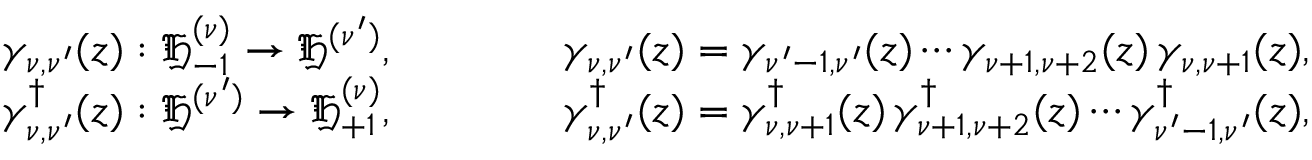
\begin{array} { r l r } { \gamma _ { \nu , \nu ^ { \prime } } ( z ) : \mathfrak { H } _ { - 1 } ^ { ( \nu ) } \rightarrow \mathfrak { H } ^ { ( \nu ^ { \prime } ) } , } & { \qquad } & { \gamma _ { \nu , \nu ^ { \prime } } ( z ) = \gamma _ { \nu ^ { \prime } - 1 , \nu ^ { \prime } } ( z ) \cdots \gamma _ { \nu + 1 , \nu + 2 } ( z ) \, \gamma _ { \nu , \nu + 1 } ( z ) , } \\ { \gamma _ { \nu , \nu ^ { \prime } } ^ { \dag } ( z ) : \mathfrak { H } ^ { ( \nu ^ { \prime } ) } \rightarrow \mathfrak { H } _ { + 1 } ^ { ( \nu ) } , } & { \qquad } & { \gamma _ { \nu , \nu ^ { \prime } } ^ { \dag } ( z ) = \gamma _ { \nu , \nu + 1 } ^ { \dag } ( z ) \, \gamma _ { \nu + 1 , \nu + 2 } ^ { \dag } ( z ) \cdots \gamma _ { \nu ^ { \prime } - 1 , \nu ^ { \prime } } ^ { \dag } ( z ) , } \end{array}